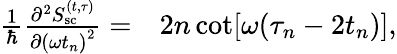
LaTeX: \begin{array}{rl}{\frac{1}{\hbar}\frac{\partial^{2}S_{\mathrm{sc}}^{(t,\tau)}}{\partial{(\omega t_{n})}^{2}}=}&{{}2n\cot[\omega(\tau_{n}-2t_{n})],}\end{array}